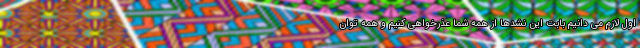
اول لازم می دانیم بابت این نشدها از همه شما عذرخواهی کنیم و همه توان